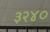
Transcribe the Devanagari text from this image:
३२४०